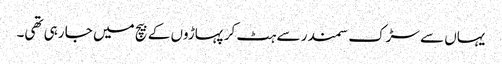
یہاں سے سڑک سمندر سے ہٹ کر پہاڑوں کے بیچ میں جا رہی تھی۔